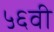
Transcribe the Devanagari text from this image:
५६वी